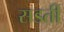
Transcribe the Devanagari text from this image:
सडती